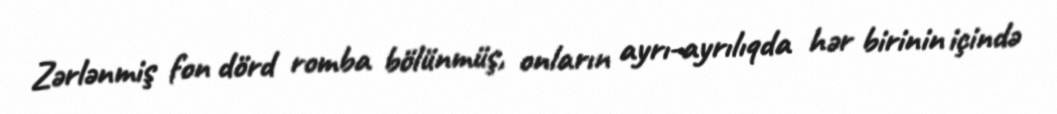
Zərlənmiş fon dörd romba bölünmüş, onların ayrı-ayrılıqda hər birinin içində